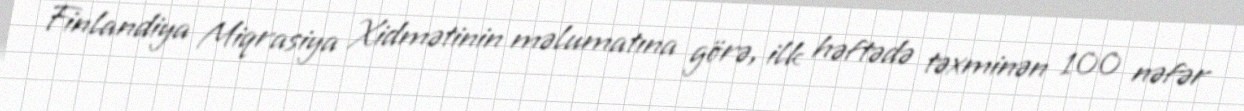
Finlandiya Miqrasiya Xidmətinin məlumatına görə, ilk həftədə təxminən 100 nəfər